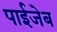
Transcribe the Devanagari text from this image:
पाईजेब